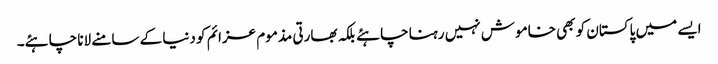
ایسے میں پاکستان کو بھی خاموش نہیں رہنا چاہئے بلکہ بھارتی مذموم عزائم کو دنیا کے سامنے لانا چاہئے۔